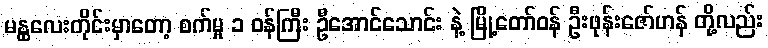
မန္ထလေးတိုင်းမှာတော့ စက်မှု ၁ ဝန်ကြီး ဦအောင်သောင်း နဲ့ မြို့တော်ဝန် ဦးဖုန်းဇော်ဟန် တို့လည်း